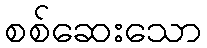
စစ်ဆေးသော